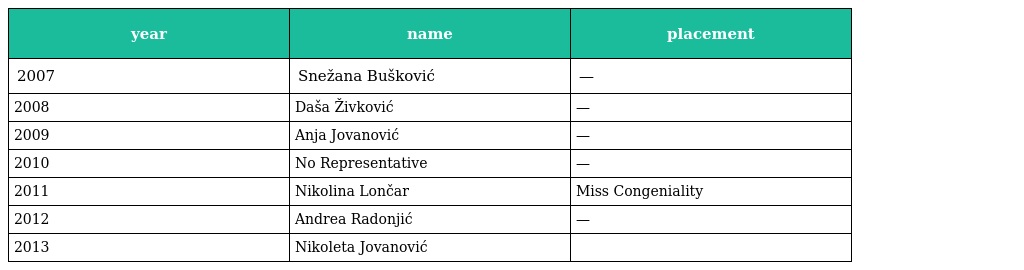
| year | name | placement |
 | --- | --- | --- |
 | 2007 | Snežana Bušković | — |
 | 2008 | Daša Živković | — |
 | 2009 | Anja Jovanović | — |
 | 2010 | No Representative | — |
 | 2011 | Nikolina Lončar | Miss Congeniality |
 | 2012 | Andrea Radonjić | — |
 | 2013 | Nikoleta Jovanović |  |